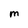
Character: M